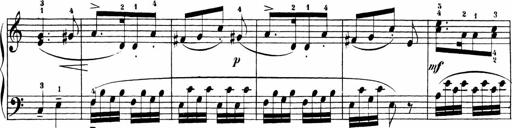
Title: Sonatinas
Composer: Andrew Violette